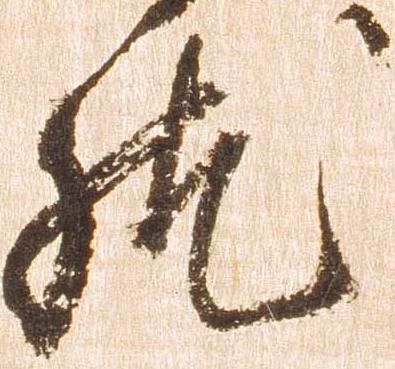
然